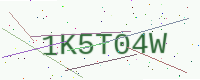
Text: 1K5T04W